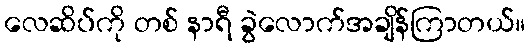
လေဆိပ်ကို တစ် နာရီ ခွဲလောက်အချိန်ကြာတယ်။